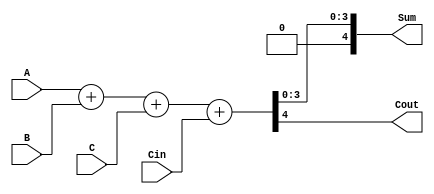
module ModifiedCarrySaveAdder (
    input [N-1:0] A, // First operand
    input [N-1:0] B, // Second operand
    input [N-1:0] C, // Third operand
    input Cin,       // Carry-in
    output [N:0] Sum, // Final Sum (N bits + 1 for carry)
    output Cout      // Carry-out
);
    parameter N = 4; // Define the bit-width of the inputs

    // Internal wires to hold partial sums and carries
    wire [N-1:0] sum1, sum2, sum3;
    wire [N-1:0] carry1, carry2, carry3;

    // Step 1: Carry Save Phase
    // Full Adder for A and B
    assign {carry1, sum1} = A + B; // sum1 = A + B, carry1 = carry from A + B
    // Full Adder for sum1 and C
    assign {carry2, sum2} = sum1 + C; // sum2 = sum1 + C, carry2 = carry from sum1 + C
    // Combine last carry with carry-in
    assign {carry3, sum3} = sum2 + {N'b0, Cin}; // include carry-in in the final stage

    // Step 2: Final Sum Phase
    assign Sum = sum3; // Final sum from the last stage
    assign Cout = carry3; // Carry-out signal

endmodule